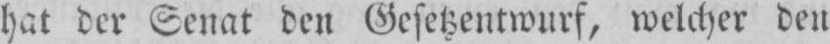
hat der Senat den Gesetzentwurf, welcher den